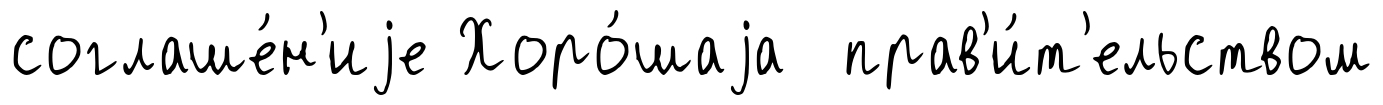
соглаше́н'иjе Хоро́шаjа прав'и́т'ельством